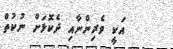
އަކީ ވެރިންނާއި ދެކޮޅަށް ނުކުތް